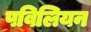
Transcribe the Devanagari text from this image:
पविलियन